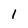
Character: I